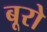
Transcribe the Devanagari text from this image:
बूरो